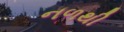
નળથી